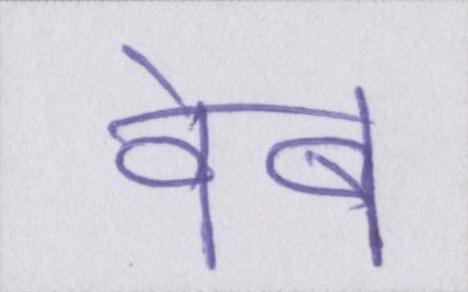
वेब